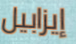
إيزابيل